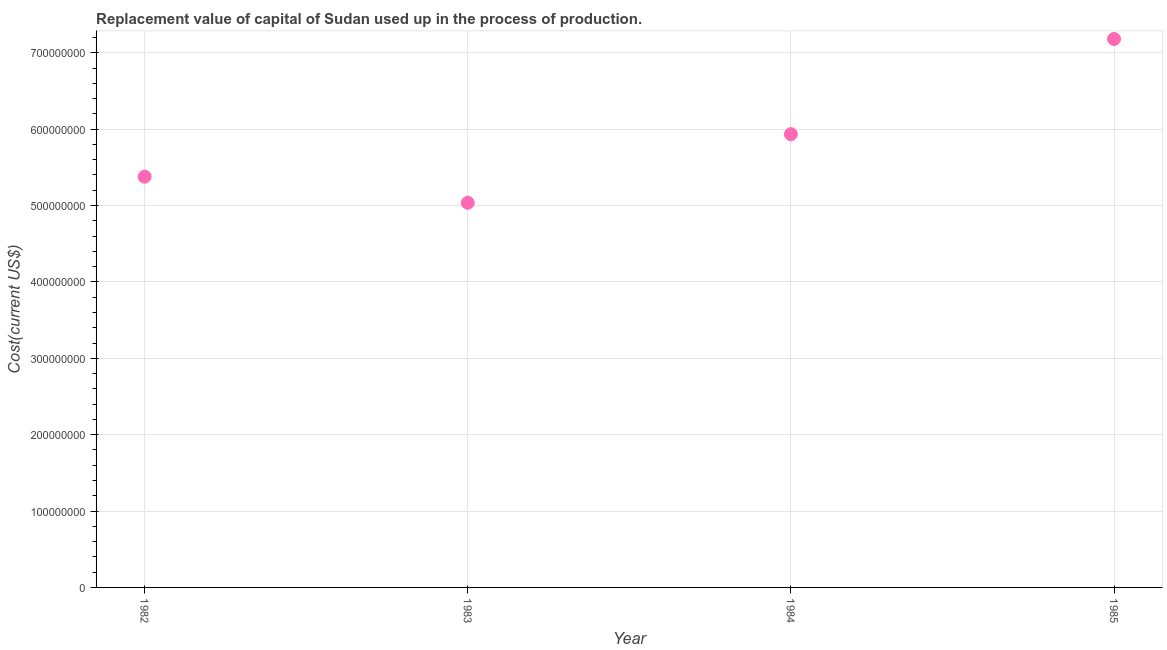
| Year | Consumption of fixed capital |
 | --- | --- |
 | 1982 | 5.38e+08 |
 | 1983 | 5.04e+08 |
 | 1984 | 5.93e+08 |
 | 1985 | 7.18e+08 |